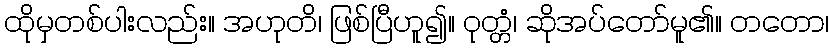
ထိုမှတစ်ပါးလည်း။ အဟုတိ၊ ဖြစ်ပြီဟူ၍။ ဝုတ္တံ၊ ဆိုအပ်တော်မူ၏။ တတော၊